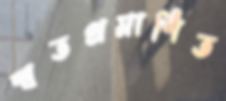
স্বতপ্রমাণিত